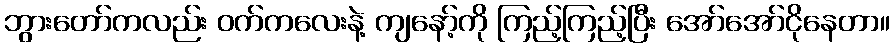
ဘွားတော်ကလည်း ဝက်ကလေးနဲ့ ကျနော့်ကို ကြည့်ကြည့်ပြီး အော်အော်ငိုနေတာ။